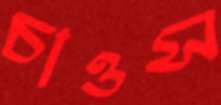
চাওস